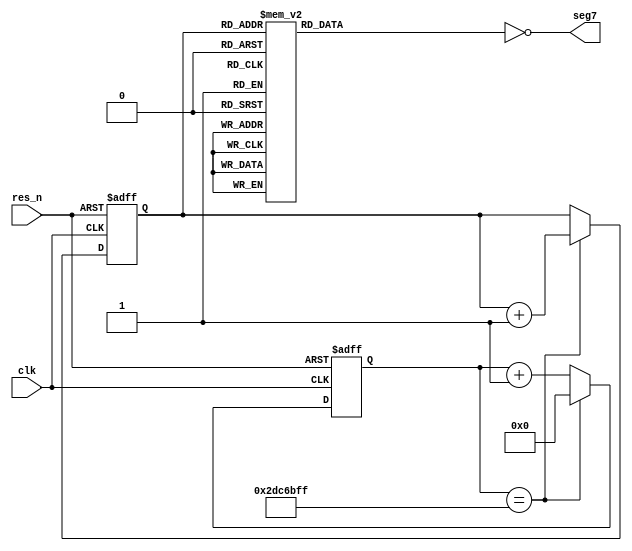
`define CYCLE_1SEC 48000000

//--------------------
// TOP of the FPGA
//--------------------
module FPGA
(
	input wire clk,	// 48MHz Clock
	input wire res_n,	// Reset Switch
	output wire [6:0] seg7	// 7SEG LED output
);

//-----------------------------
// Counter to make 1sec Period
//-----------------------------
reg	[31:0] counter_1sec;
wire			 period_1sec;
//
always @(posedge clk, negedge res_n)
begin
	if (~res_n)
		counter_1sec <= 32'h00000000;
	else if (period_1sec)
		counter_1sec <= 32'h00000000;
	else
		counter_1sec <= counter_1sec + 32'h00000001;
end
//
assign period_1sec = (counter_1sec == (`CYCLE_1SEC - 1));

//-------------------------------
// Counter to make LED signal
//-------------------------------
reg	[3:0] counter_bcd;
//
always @(posedge clk, negedge res_n)
begin
	if (~res_n)
		counter_bcd <= 4'b0000;
	else if (period_1sec)
		counter_bcd <= counter_bcd + 4'b0001;
end
//
//assign led = ~counter_led; // LED on by low level
assign seg7 = ~bcdto7seg(counter_bcd);

  function [6:0] bcdto7seg;
    input [3:0] counter_bcd;
    begin
      case (counter_bcd)
			4'b0000: bcdto7seg = 7'b1111110;  // 0
			4'b0001: bcdto7seg = 7'b0110000;  // 1
			4'b0010: bcdto7seg = 7'b1101101;  // 2
			4'b0011: bcdto7seg = 7'b1111001;  // 3
			4'b0100: bcdto7seg = 7'b0110011;  // 4
			4'b0101: bcdto7seg = 7'b1011011;  // 5
			4'b0110: bcdto7seg = 7'b1011111;  // 6
			4'b0111: bcdto7seg = 7'b1110000;  // 7
			4'b1000: bcdto7seg = 7'b1111111;  // 8
			4'b1001: bcdto7seg = 7'b1111011;  // 9
			4'b1010: bcdto7seg = 7'b1110111;  // A
			4'b1011: bcdto7seg = 7'b0011111;  // B
			4'b1100: bcdto7seg = 7'b1001110;  // C
			4'b1101: bcdto7seg = 7'b0111101;  // D
			4'b1110: bcdto7seg = 7'b1001111;  // E
			4'b1111: bcdto7seg = 7'b1000111;  // F
			default: bcdto7seg = 7'b0000000;  // X
      endcase
    end
  endfunction

endmodule